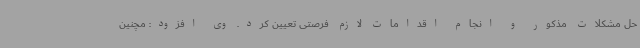
حل مشکلات مذکور و انجام اقدامات لازم فرصتی تعیین کرد. وی افزود: مچنین